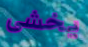
يخشى